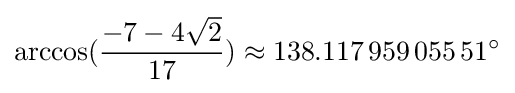
\arccos({\frac {-7-4{\sqrt {2}}}{17}})\approx 138.117\,959\,055\,51^{\circ }